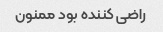
راضی کننده بود ممنون